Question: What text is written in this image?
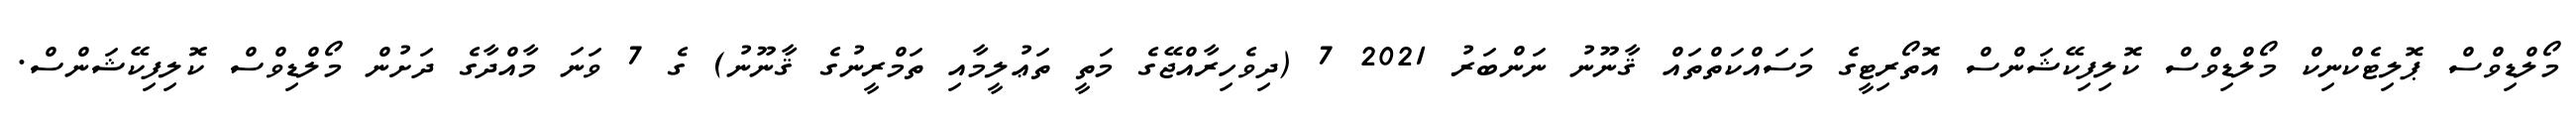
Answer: މޯލްޑިވްސް ޕޮލިޓެކްނިކް މޯލްޑިވްސް ކޮލިފިކޭޝަންސް އޮތޯރިޓީގެ މަސައްކަތްތައް ޤާނޫނު ނަންބަރު 2021 7 (ދިވެހިރާއްޖޭގެ މަތީ ތަޢުލީމާއި ތަމްރީނުގެ ޤާނޫނު) ގެ 7 ވަނަ މާއްދާގެ ދަށުން މޯލްޑިވްސް ކޮލިފިކޭޝަންސް.